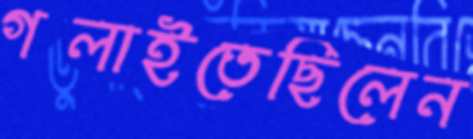
গলাইতেছিলেন